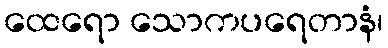
ထေရော သောကပရေတာနံ၊